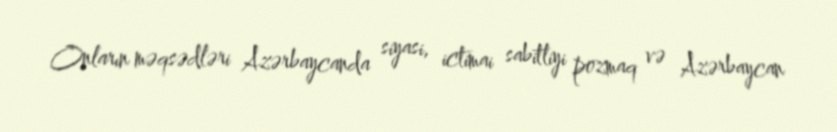
Onların məqsədləri Azərbaycanda siyasi, ictimai sabitliyi pozmaq və Azərbaycan